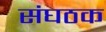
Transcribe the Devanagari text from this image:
संघठक